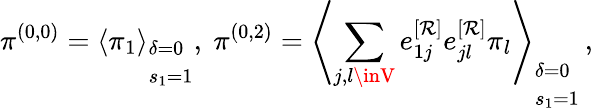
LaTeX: \pi^{(0,0)}=\left\langle\pi_{1}\right\rangle_{\begin{array}{l}{\delta=0}\\ {s_{1}=1}\end{array}},~\pi^{(0,2)}=\left\langle\sum_{j,l\inV}e_{1j}^{[\mathcal{R}]}e_{jl}^{[\mathcal{R}]}\pi_{l}\right\rangle_{\begin{array}{l}{\delta=0}\\ {s_{1}=1}\end{array}}\, ,